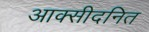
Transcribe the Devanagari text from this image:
आक्सीदनित